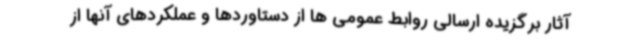
آثار برگزیده ارسالی روابط عمومی ها از دستاوردها و عملکردهای آنها از